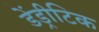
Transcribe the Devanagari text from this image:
डेंड्रीटिक